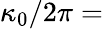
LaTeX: \kappa_{\mathrm{0}}/2\pi=